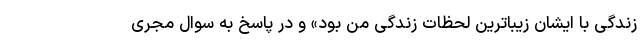
زندگی با ایشان زیباترین لحظات زندگی من بود» و در پاسخ به سوال مجری